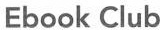
Ebook Club